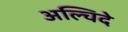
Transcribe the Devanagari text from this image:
अल्चिदे